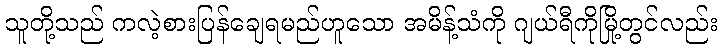
သူတို့သည် ကလဲ့စားပြန်ချေရမည်ဟူသော အမိန့်သံကို ဂျယ်ရီကိုမြို့တွင်လည်း